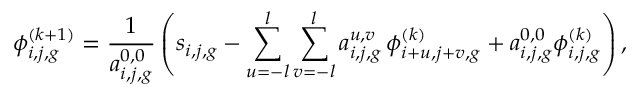
\phi _ { i , j , g } ^ { ( k + 1 ) } = \frac { 1 } { a _ { i , j , g } ^ { 0 , 0 } } \left( s _ { i , j , g } - \sum _ { u = - l } ^ { l } \sum _ { v = - l } ^ { l } a _ { i , j , g } ^ { u , v } \, \phi _ { i + u , j + v , g } ^ { ( k ) } + a _ { i , j , g } ^ { 0 , 0 } \phi _ { i , j , g } ^ { ( k ) } \right) ,